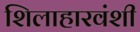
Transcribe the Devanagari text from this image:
शिलाहारवंशी